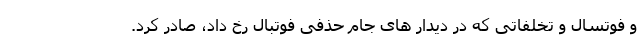
و فوتسال و تخلفاتی که در دیدار های جام حذفی فوتبال رخ داد، صادر کرد.